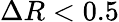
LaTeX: \Delta R<0.5